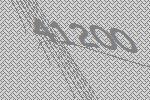
41200